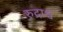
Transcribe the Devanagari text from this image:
रुद्राश्व